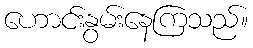
ဟောင်းနွမ်းနေကြသည်။